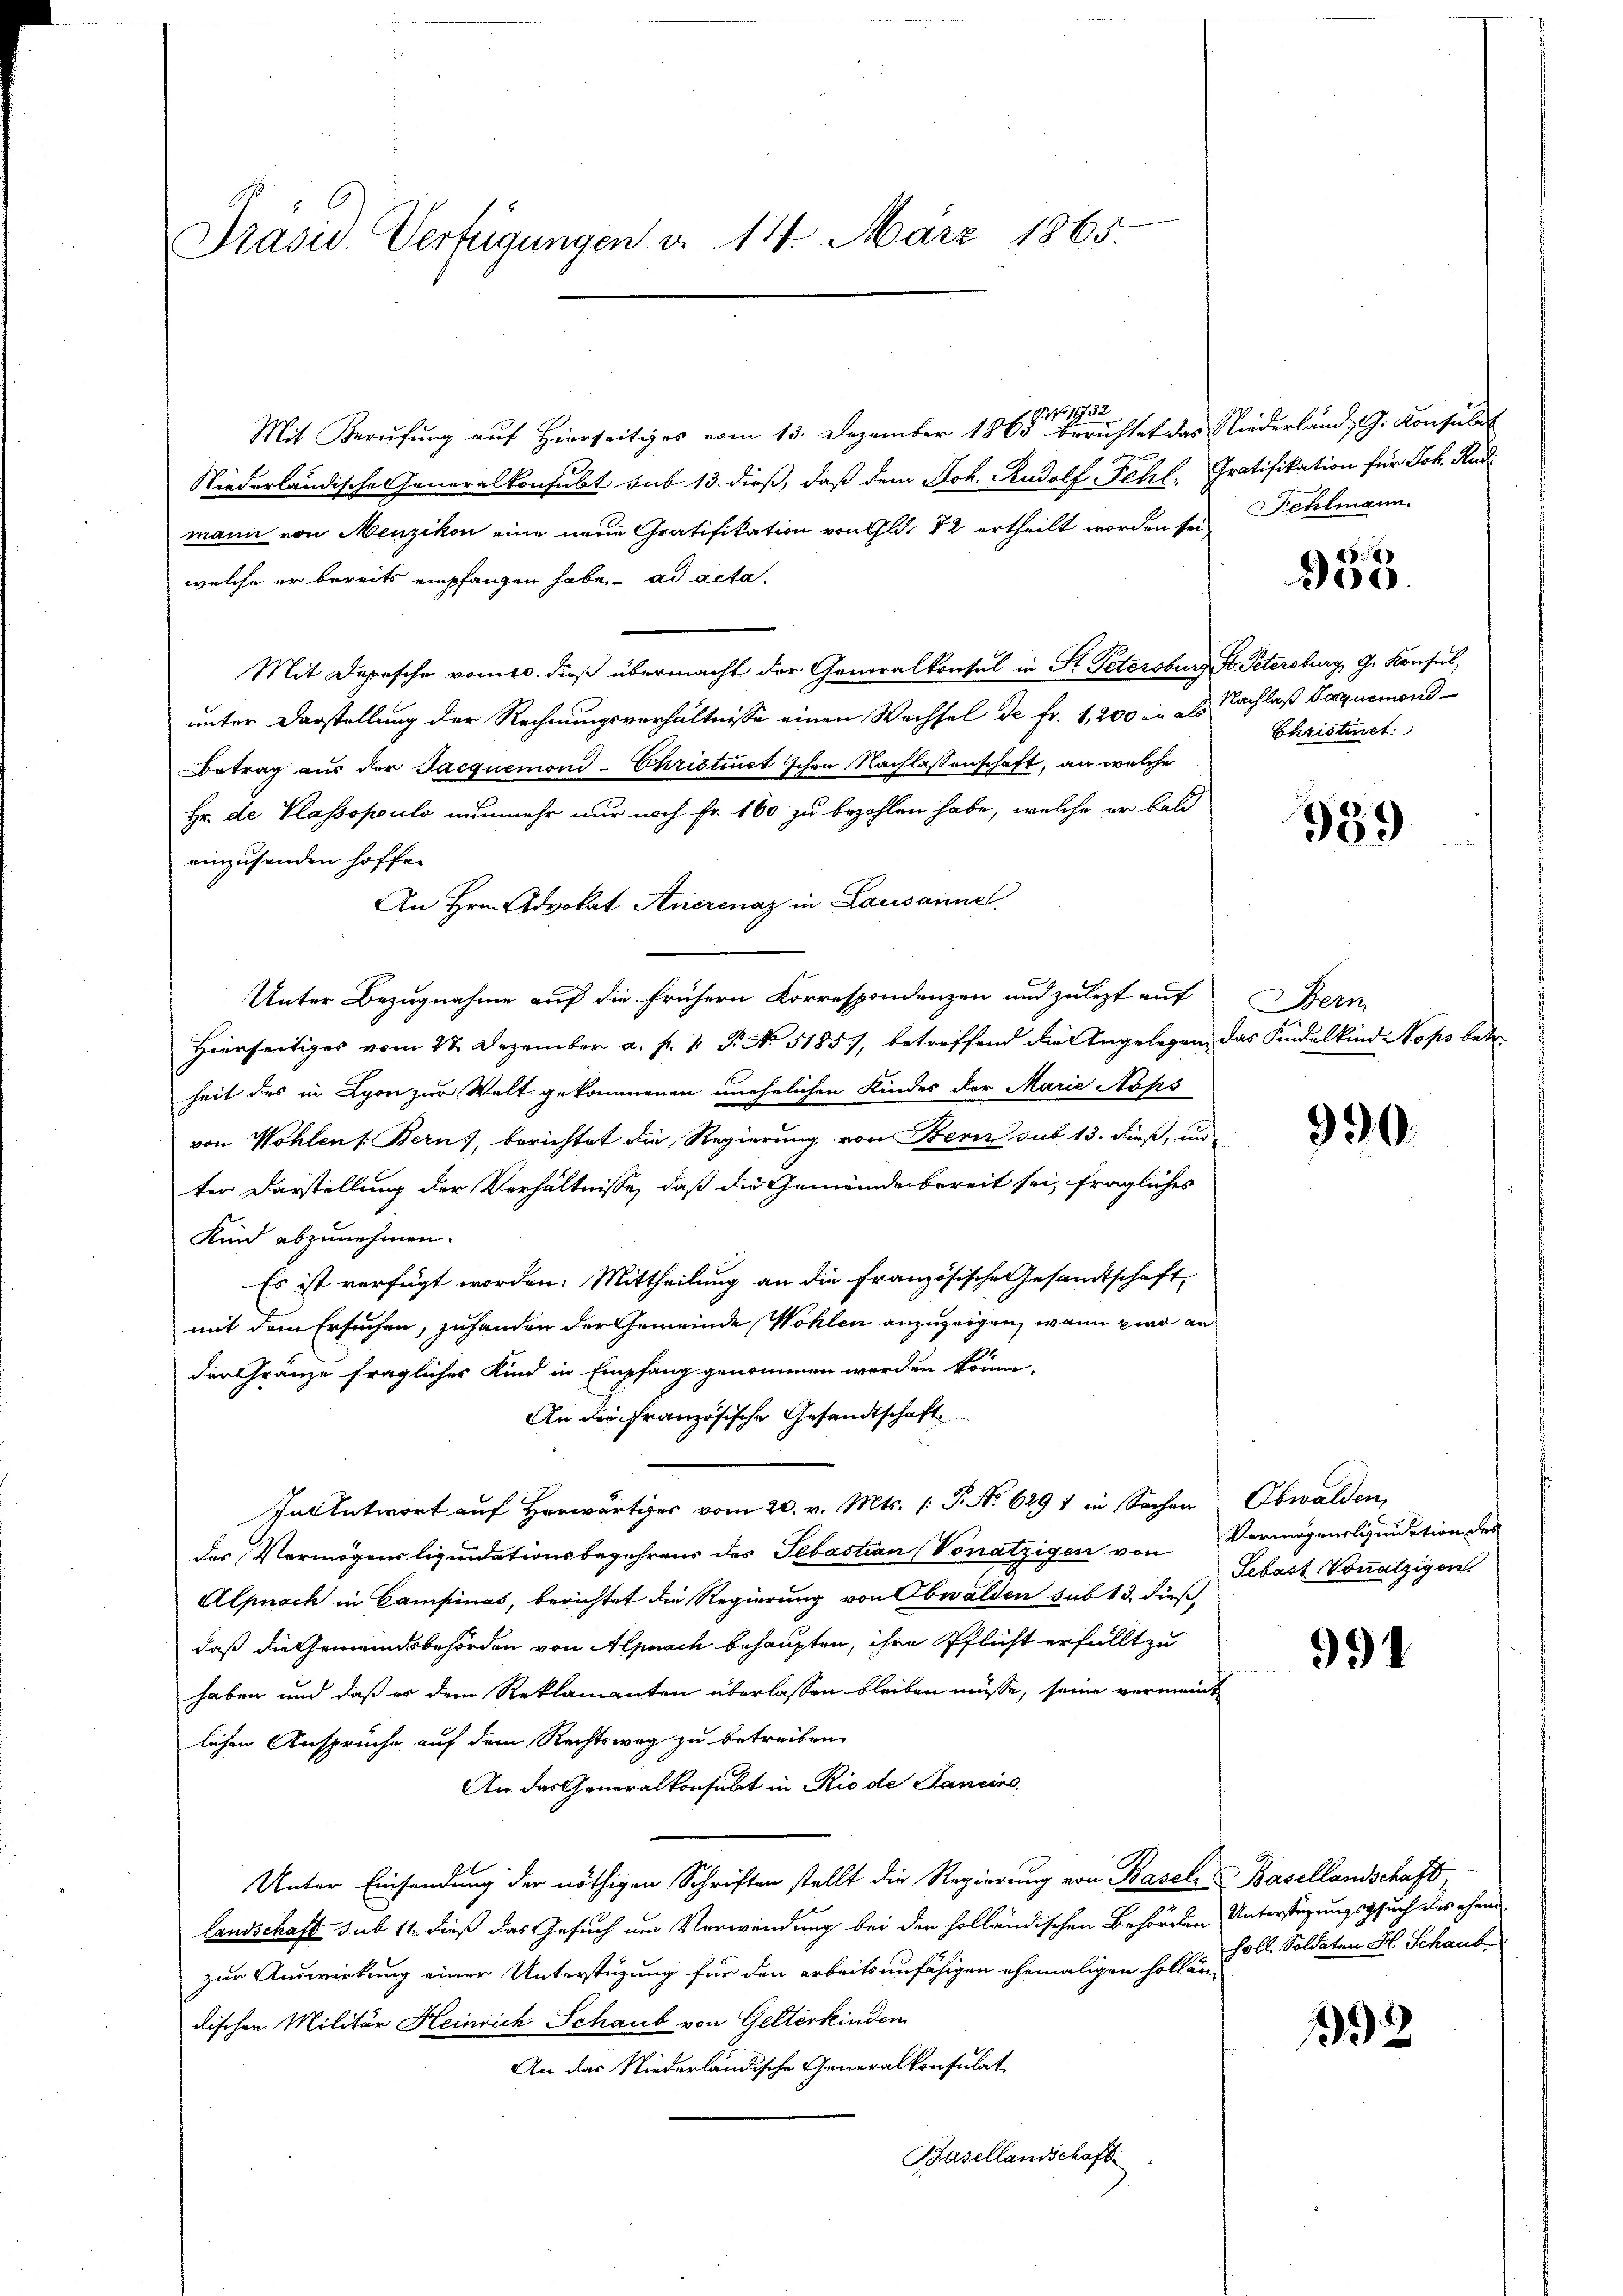
Präsid. Verfügungen d. 14. März 1865.

9 No 1932
Mit Berŭfŭng aŭf hierseitiges vom 13. Dezember 1863 berichtet das Niederland, G. Konsulat
Niederländisches Generalkonsubt sub 13. dieß, daß dem Joh. Rudolf Fehl, Gratifikation für Joh. Rud
mann von Menzikon eine neue Gratifikation von Glit 72 ertheilt worden sei Fehlmann.
welche er bereits empfangen habe. ad acta.
Mit Depesche vomts. dieß übermacht der Generalkonsul in St. Petersburg, S. Petersburg, G. Konsul
unter Darstellung der Rechnungsverhältnisse einen Wechsel de fr. 1,200 er als
Betrag aus der Jacquemons-Christinet schon Nachlassenschaft, an welche
Hr. de Klassopoulo nunmehr nur noch Fr. 160 zu bezahlen habe, welche er bald
einzusenden hoffe.
An Hrn. Advokat Anerenaz in Lausanne.
Unter Bezugnahme auf die frühern Korrespondenzen und zulezt auf
Hierseitiges vom 27. Dezember a. p. 1. P. No 51857, betreffend die Angelegen, das Kindelkind NNops betr.
heit des in Lyon zur Welt gekommenen unehelichen Kinder der Marie Noks
von Wohlen /: Bern, berichtet die Regierung von Bern sub 13. dieß, und
ter Darstellung der Verhältnisse, daß die Gemeinde bereit sei, fragliches
Kind abzunehmen.
Es ist verfügt worden. Mittheilung an die französische Gesandtschaft,
mit dem Ersuchen, zuhanden der Gemeinde Wohlen anzuzeigen, wenn zwo an
der Gränze fragliches Kind in Empfang genommen werden könne.
An die französische Gesandtschaft
In Antwort auf Herwärts vom 20. v. Mts. (T. No 629 1 in Sachen Obwalden,
der Vermögensliquidationsbegehrens des Sebastian (Vonätzigen von Vermögensliquidation des
Alpnach in Campinas, berichtet die Regierung von Obwalden sub 13. dieß
daß die Gemeindsbehörden von Alpnach behaupten, ihre Pflicht erfüllt zu
haben und daß es dem Reklamanten überlassen bleiben müsse, seine vermeint
lichen Ansprüche auf dem Rechtsweg zu betreiben.
An das Generalkonsulat in Rio de Janeine,
Unter Einsendung der nöthigen Schriften stellt die Regierung von Basel, Basellandschaft,
Landschaft sub 11. dieß das Gesuch um Verwendung bei der holländischen Behörden Unterstüzungssuch des ehem
zur Auswirkung einer Unterstüzung für den arbeitsunfähigen ehemaligen Hollän-
dischen Militär Heinrich Schaub von Gelterkinden
An das Niederländische Generalkonsulat
Basellandschaft

935.

Nachlaß Paquemond-
Christinet

939

Dem

990.

Sebast. Vonätzigen.

991

holl. Soldaten H. Schaube

192